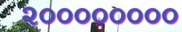
૨૦૦૦૦૦૦૦૦